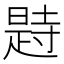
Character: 𣊒